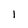
Character: 1